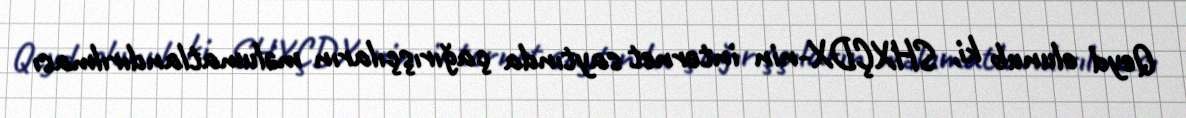
Qeyd olunub ki, SHXÇDX-nin internet saytında çağırışçıların məlumatlandırılması